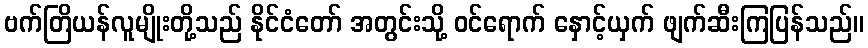
ဗက်တြိယန်လူမျိုးတို့သည် နိုင်ငံတော် အတွင်းသို့ ဝင်ရောက် နှောင့်ယှက် ဖျက်ဆီးကြပြန်သည်။